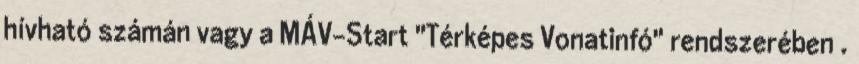
hívható számán vagy a MÁV-Start "Térképes Vonatinfó" rendszerében .